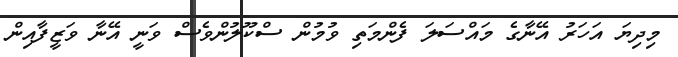
މިދިޔަ އަހަރު އޭނާގެ މައްސަލަ ފެންމަތި ވުމުން ސްކޫލުންވެސް ވަނީ އޭނާ ވަޒީފާއިން